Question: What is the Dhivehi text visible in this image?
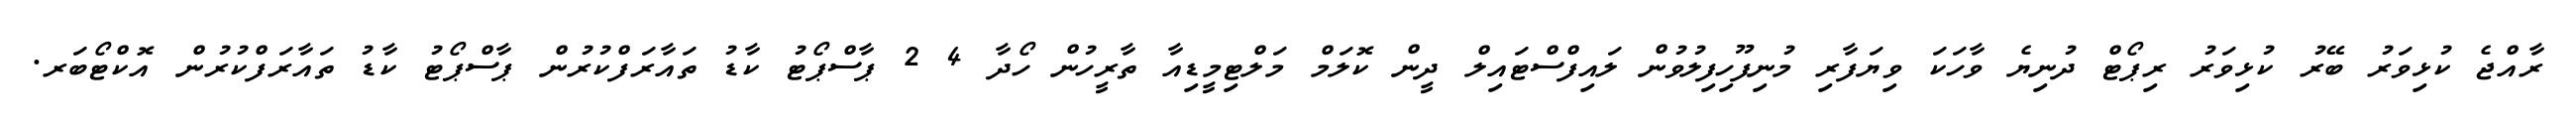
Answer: ރާއްޖެ ކުޅިވަރު ބޭރު ކުޅިވަރު ރިޕޯޓް ދުނިޔެ ވާހަކަ ވިޔަފާރި މުނިފޫހިފިލުވުން ލައިފްސްޓައިލް ދީން ކޮލަމް މަލްޓިމީޑިއާ ތާރީހުން ހޯދާ 4 2 ޕާސްޕޯޓު ކާޑު ތައާރަފްކުރުން ޕާސްޕޯޓު ކާޑު ތައާރަފްކުރުން އޮކްޓޯބަރ.